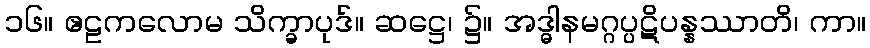
၁၆။ ဧဠကလောမ သိက္ခာပုဒ်။ ဆဋ္ဌေ၊ ၌။ အဒ္ဓါနမဂ္ဂပ္ပဋိပန္နဿာတိ၊ ကာ။